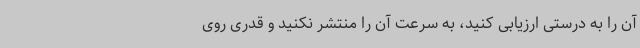
آن را به درستی ارزیابی کنید، به سرعت آن را منتشر نکنید و قدری روی